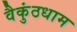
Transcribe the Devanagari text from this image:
वैकुंठधाम